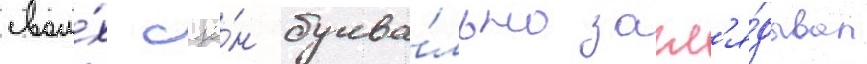
свои́х сце́н буква́льно загл'я́дывал